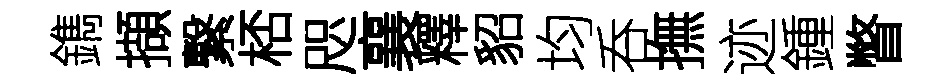
鐫擷繋桮咫襄釋貂均呑撫迹鍾瞥